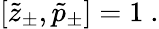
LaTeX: [\tilde{z}_{\pm},\tilde{p}_{\pm}]=1~.